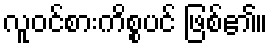
လူဝင်စားကိစ္စပင် ဖြစ်၏။